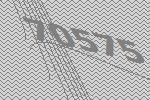
70575